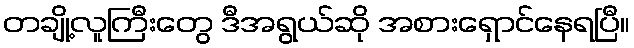
တချို့လူကြီးတွေ ဒီအရွယ်ဆို အစားရှောင်နေရပြီ။